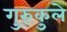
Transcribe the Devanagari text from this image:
गुरुकुले